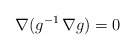
\begin{align*}\nabla (g^{-1}\, \nabla g)=0 \end{align*}